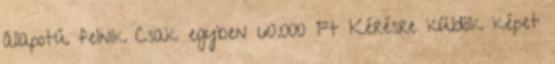
állapotú felnik Csak egyben 60.000 Ft Kérésre küldök képet